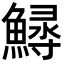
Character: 𩺎